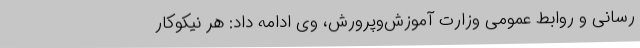
‌رسانی و روابط عمومی وزارت آموزش‌وپرورش، وی ادامه داد: هر نیکوکار